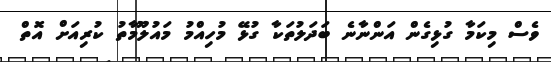
ވެސް މިކަމާ ގުޅިގެން އަންނާނެ ބަދަލުތަކާ ގުޅޭ މުހިއްމު މައުލޫމާތު ކުރިއަށް އޮތް